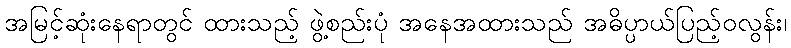
အမြင့်ဆုံးနေရာတွင် ထားသည့် ဖွဲ့စည်းပုံ အနေအထားသည် အဓိပ္ပာယ်ပြည့်ဝလွန်း၊